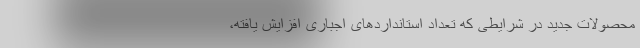
محصولات جدید در شرایطی که تعداد استانداردهای اجباری افزایش یافته،